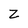
Character: Z